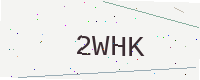
Text: 2WHK